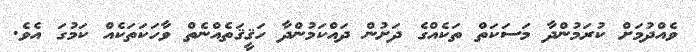
ވެއްދުމަށް ކުރަމުންދާ މަސަކަތް ތަކެއްގެ ދަށުން ދައްކަމުންދާ ހަޤީޤަތެއްނެތް ވާހަކަތަކެއް ކަމުގަ އެވެ.